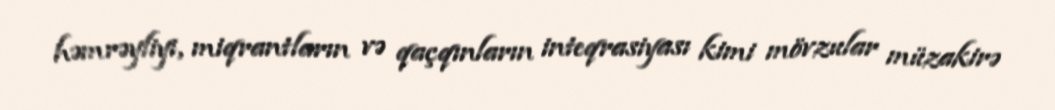
həmrəyliyi, miqrantların və qaçqınların inteqrasiyası kimi mövzular müzakirə